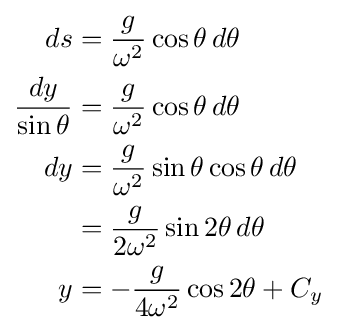
{\begin{aligned}ds&={\frac {g}{\omega ^{2}}}\cos \theta \,d\theta \\{\frac {dy}{\sin \theta }}&={\frac {g}{\omega ^{2}}}\cos \theta \,d\theta \\dy&={\frac {g}{\omega ^{2}}}\sin \theta \cos \theta \,d\theta \\&={\frac {g}{2\omega ^{2}}}\sin 2\theta \,d\theta \\y&=-{\frac {g}{4\omega ^{2}}}\cos 2\theta +C_{y}\end{aligned}}